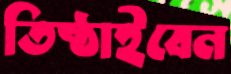
তিষ্ঠাইবেন